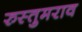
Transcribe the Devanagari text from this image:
रुस्तुमराव